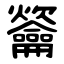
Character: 䶴